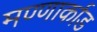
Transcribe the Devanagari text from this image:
मण्णार्काड